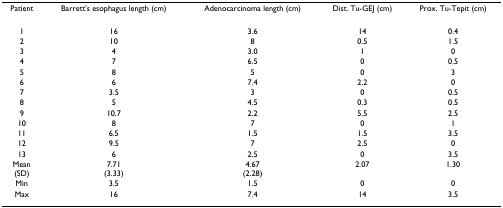
<table><thead><tr><td><b>Patient</b></td><td><b>Barrett&#x27;s esophagus length (cm)</b></td><td><b>Adenocarcinoma length (cm)</b></td><td><b>Dist. Tu-GEJ (cm)</b></td><td><b>Prox. Tu-Tepit (cm)</b></td></tr></thead><tbody><tr><td>1</td><td>16</td><td>3.6</td><td>14</td><td>0.4</td></tr><tr><td>2</td><td>10</td><td>8</td><td>0.5</td><td>1.5</td></tr><tr><td>3</td><td>4</td><td>3.0</td><td>1</td><td>0</td></tr><tr><td>4</td><td>7</td><td>6.5</td><td>0</td><td>0.5</td></tr><tr><td>5</td><td>8</td><td>5</td><td>0</td><td>3</td></tr><tr><td>6</td><td>6</td><td>7.4</td><td>2.2</td><td>0</td></tr><tr><td>7</td><td>3.5</td><td>3</td><td>0</td><td>0.5</td></tr><tr><td>8</td><td>5</td><td>4.5</td><td>0.3</td><td>0.5</td></tr><tr><td>9</td><td>10.7</td><td>2.2</td><td>5.5</td><td>2.5</td></tr><tr><td>10</td><td>8</td><td>7</td><td>0</td><td>1</td></tr><tr><td>11</td><td>6.5</td><td>1.5</td><td>1.5</td><td>3.5</td></tr><tr><td>12</td><td>9.5</td><td>7</td><td>2.5</td><td>0</td></tr><tr><td>13</td><td>6</td><td>2.5</td><td>0</td><td>3.5</td></tr><tr><td>Mean(SD)</td><td>7.71(3.33)</td><td>4.67(2.28)</td><td>2.07</td><td>1.30</td></tr><tr><td>Min</td><td>3.5</td><td>1.5</td><td>0</td><td>0</td></tr><tr><td>Max</td><td>16</td><td>7.4</td><td>14</td><td>3.5</td></tr></tbody></table>